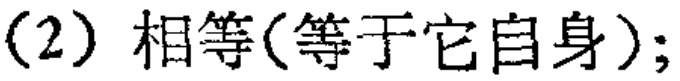
(2) 相等(等于它自身);